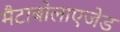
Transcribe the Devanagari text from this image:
मैटाबोलाएजेड